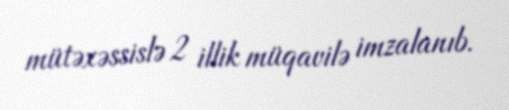
mütəxəssislə 2 illik müqavilə imzalanıb.